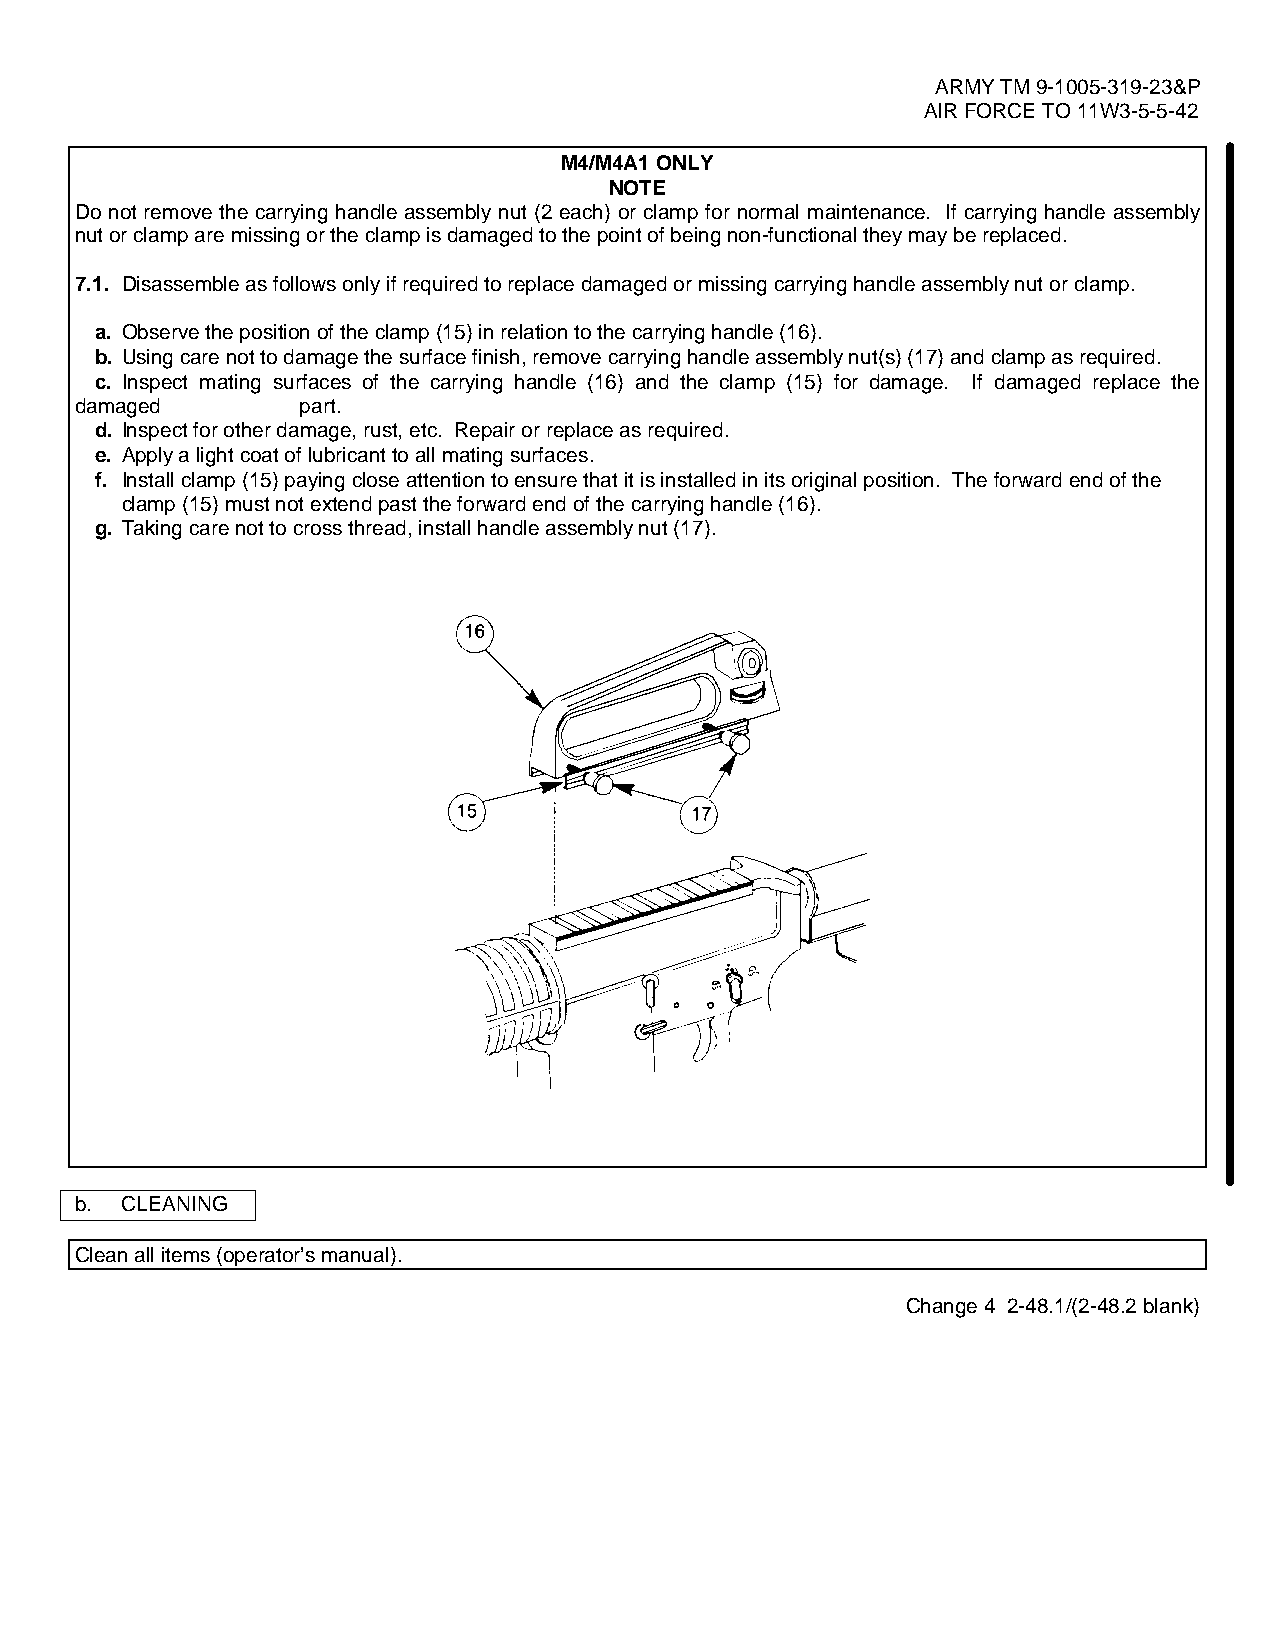
ARMY TM 9-1005-319-23&P
 AIR FORCE TO 11W3-5-5-42
 M4/M4A1 ONLY
 NOTE
 Do not remove the carrying handle assembly nut (2 each) or clamp for normal maintenance. If carrying handle assembly
 nut or clamp are missing or the clamp is damaged to the point of being non-functional they may be replaced.
 7.1. Disassemble as follows only if required to replace damaged or missing carrying handle assembly nut or clamp.
 a. Observe the position of the clamp (15) in relation to the carrying handle (16).
 b. Using care not to damage the surface finish, remove carrying handle assembly nut(s) (17) and clamp as required.
 c. Inspect mating surfaces of the carrying handle (16) and the clamp (15) for damage. If damaged replace the
 damaged        part.
 d. Inspect for other damage, rust, etc. Repair or replace as required.
 e. Apply a light coat of lubricant to all mating surfaces.
 f. Install clamp (15) paying close attention to ensure that it is installed in its original position. The forward end of the
 clamp (15) must not extend past the forward end of the carrying handle (16).
 g. Taking care not to cross thread, install handle assembly nut (17).
 b. CLEANING
 Clean all items (operator’s manual).
 Change 4 2-48.1/(2-48.2 blank)